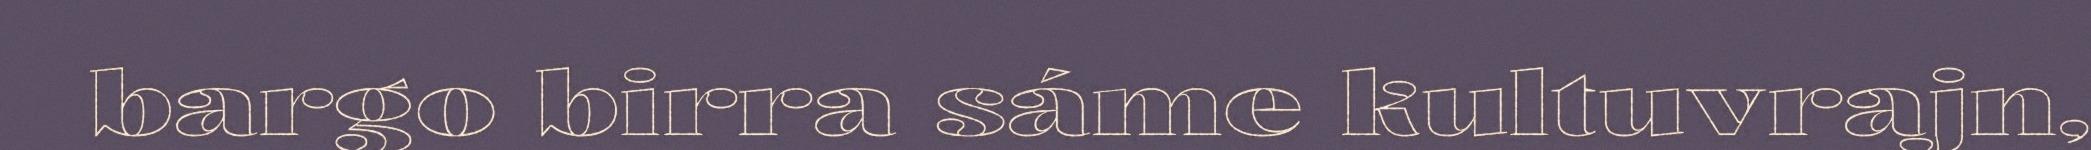
bargo birra sáme kultuvrajn,